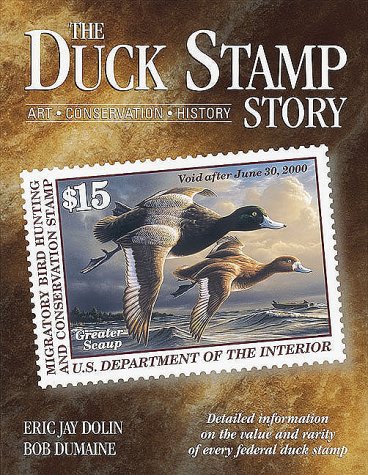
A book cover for The Duck Stamp Story; Eric Jay Dolin; Crafts, Hobbies & Home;